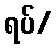
ရပ်/